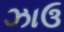
ઝાઉ